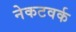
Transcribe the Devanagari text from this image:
नेकटवर्क